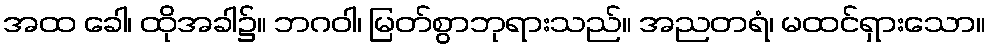
အထ ခေါ၊ ထိုအခါ၌။ ဘဂဝါ၊ မြတ်စွာဘုရားသည်။ အညတရံ၊ မထင်ရှားသော။